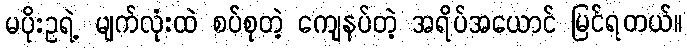
မပိုးဥရဲ့ မျက်လုံးထဲ စပ်စုတဲ့ ကျေနပ်တဲ့ အရိပ်အယောင် မြင်ရတယ်။